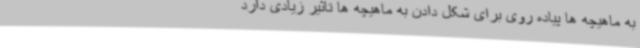
به ماهیچه ها پیاده روی برای شکل دادن به ماهیچه ها تاثیر زیادی دارد